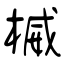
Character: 楲